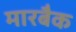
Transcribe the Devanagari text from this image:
मारबैक